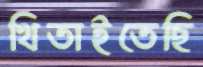
থিতাইতেছি